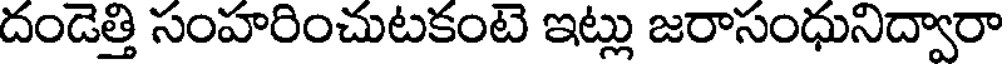
దండెత్తి సంహరించుటకంటె ఇట్లు జరాసంధునిద్వారా